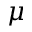
\mu